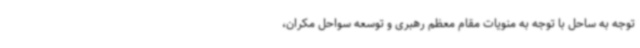
توجه به ساحل با توجه به منویات مقام معظم رهبری و توسعه سواحل مکران،